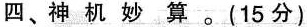
四、神机妙算。(15分)